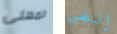
تمهلى إلهي